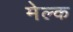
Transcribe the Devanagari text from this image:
मेल्क